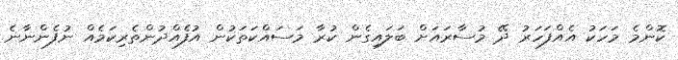
ކޮންމެ މަހަކު އެއްފަހަރު ދޭ މުސާރައަށް ބަލައިގެން ކުރާ މަސައްކަތަކުން އުފެއްދުންތެރިކަމެއް ނުފެންނާނެ